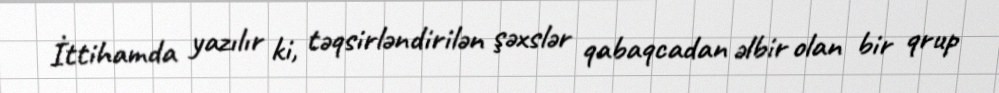
İttihamda yazılır ki, təqsirləndirilən şəxslər qabaqcadan əlbir olan bir qrup